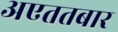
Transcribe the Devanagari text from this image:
अएततबार